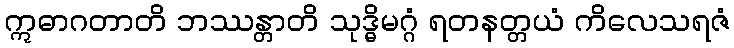
ဣဓာဂတာတိ ဘဿန္တာတိ သုဒ္ဓိမဂ္ဂံ ရတနတ္တယံ ကိလေသရဇံ